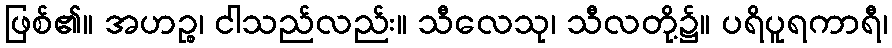
ဖြစ်၏။ အဟဉ္စ၊ ငါသည်လည်း။ သီလေသု၊ သီလတို့၌။ ပရိပူရကာရီ၊